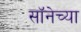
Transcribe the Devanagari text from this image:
सॉनेच्या